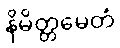
နိမိတ္တမေတံ